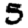
Digit: 5